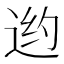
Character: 𲅙